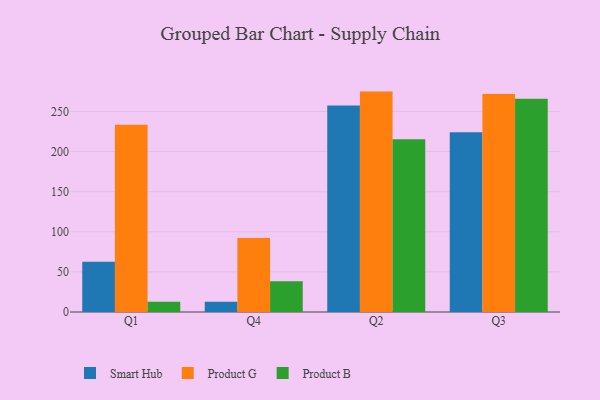
{"axis": {"x": "Quarter", "y": "Conversion Rate (%)"}, "legend": ["Product B", "Product G", "Smart Hub"], "data": [{"x": "Q1", "y": 62.5, "type": "Smart Hub"}, {"x": "Q1", "y": 233.6, "type": "Product G"}, {"x": "Q1", "y": 12.9, "type": "Product B"}, {"x": "Q4", "y": 12.8, "type": "Smart Hub"}, {"x": "Q4", "y": 92.2, "type": "Product G"}, {"x": "Q4", "y": 38.3, "type": "Product B"}, {"x": "Q2", "y": 257.4, "type": "Smart Hub"}, {"x": "Q2", "y": 274.8, "type": "Product G"}, {"x": "Q2", "y": 215.5, "type": "Product B"}, {"x": "Q3", "y": 224.2, "type": "Smart Hub"}, {"x": "Q3", "y": 271.8, "type": "Product G"}, {"x": "Q3", "y": 265.8, "type": "Product B"}]}